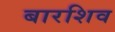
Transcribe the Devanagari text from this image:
बारशिव